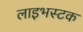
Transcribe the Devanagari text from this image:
लाइभस्टक